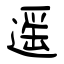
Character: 遥